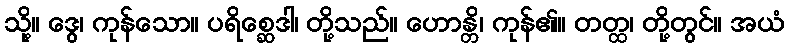
သို့။ ဒွေ၊ ကုန်သော။ ပရိစ္ဆေဒါ၊ တို့သည်။ ဟောန္တိ၊ ကုန်၏။ တတ္ထ၊ တို့တွင်။ အယံ